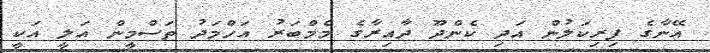
އޭނާގެ ފިރިކަލުން އަދި ކެންދޫ ދާއިރާގެ މެމްބަރު އަހްމަދު ތަސްމީން އަލީ އަކީ